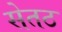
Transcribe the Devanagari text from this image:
सेतठ